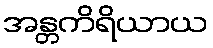
အန္တကိရိယာယ